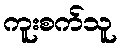
ကူးစက်သူ